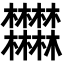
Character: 𣡽